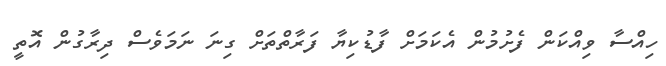
ހިއްސާ ވިއްކަން ފެށުމުން އެކަމަށް ފާޑުކިޔާ ފަރާތްތަށް ގިނަ ނަމަވެސް ދިރާގުން އޮތީ